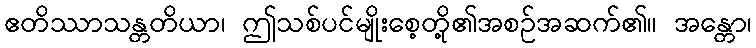
ဧတိဿာသန္တတိယာ၊ ဤသစ်ပင်မျိုးစေ့တို့၏အစဉ်အဆက်၏။ အန္တော၊